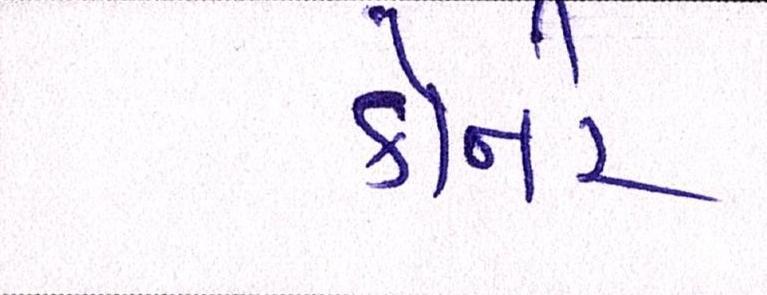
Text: કોર્નર